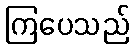
ကြပေသည်